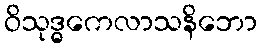
ဝိသုဒ္ဓကေလာသနိဘော